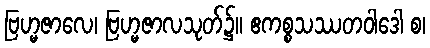
ဗြဟ္မဇာလေ၊ ဗြဟ္မဇာလသုတ်၌။ ဧကစ္စသဿတဝါဒေါ စ၊